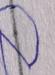
Signature authenticity: forged